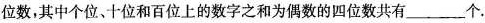
位数，其中个位、十位和百位上的数字之和为偶数的四位数共有___个。